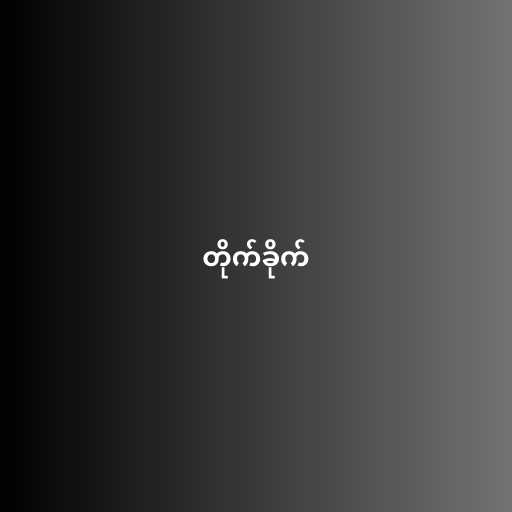
တိုက်ခိုက်